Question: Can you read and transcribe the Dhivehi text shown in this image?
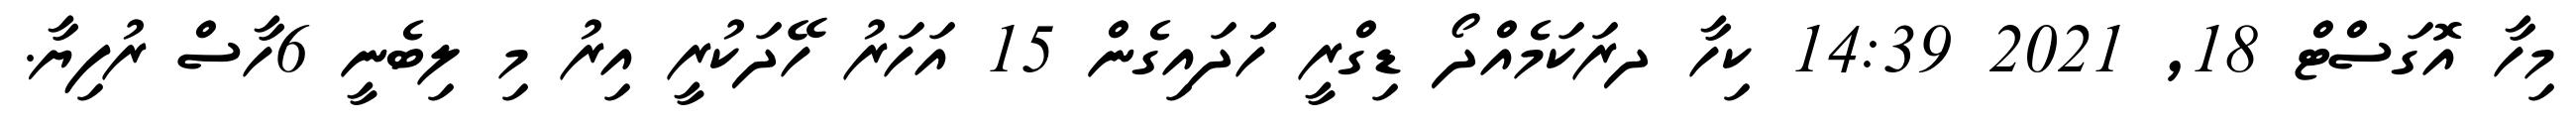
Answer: މިހާ އޮގަސްޓް 18, 2021 14:39 ކިހާ ދރަކަމެއްދޯ ޑިގްރީ ހަަދައިގެން 15 އަހަރު ހޭދަކުރީ އިރު މި ލިބެނީ 6ހާސް ރުފިޔާ.